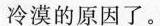
冷漠的原因了。